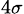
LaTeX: _{4\sigma}